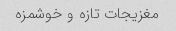
مغزیجات تازه و خوشمزه